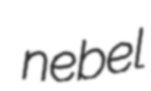
nebel